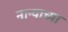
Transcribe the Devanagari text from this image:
नान्याच्या